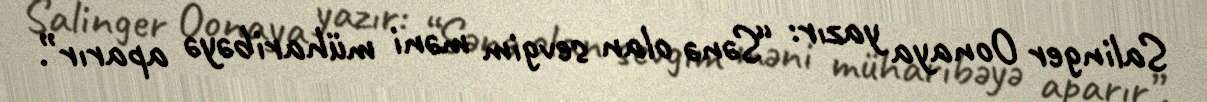
Salinger Oonaya yazır: “Sənə olan sevgim məni müharibəyə aparır”.